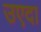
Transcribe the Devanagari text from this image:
उएदा